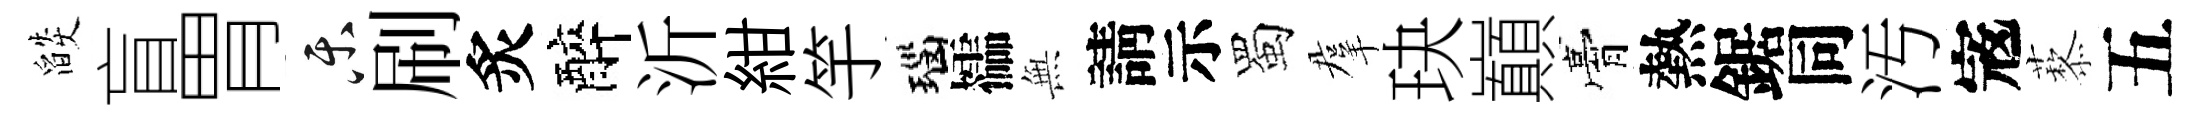
燄盲胃乐刷炙醉沂紺竽瑙櫺𭴾請示蜀羣玦巔膏熱鋸同汚𡨥藜五